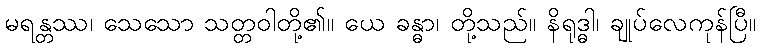
မရန္တဿ၊ သေသော သတ္တဝါတို့၏။ ယေ ခန္ဓာ၊ တို့သည်။ နိရုဒ္ဓါ၊ ချုပ်လေကုန်ပြီ။